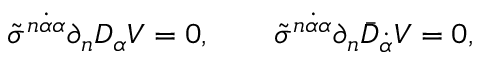
\tilde { \sigma } ^ { n \dot { \alpha } \alpha } \partial _ { n } D _ { \alpha } V = 0 , \qquad \tilde { \sigma } ^ { n \dot { \alpha } \alpha } \partial _ { n } \bar { D } _ { \dot { \alpha } } V = 0 ,